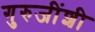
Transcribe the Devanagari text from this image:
गुरुजींशी